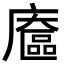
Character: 𢋔